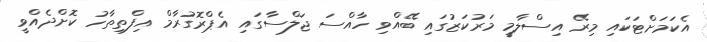
އެކަމަށްޓަކައި މިރޭ އިސްލާމީ މަރުކަޒުގައި ބޭއްވި ހާއްސަ ޖަލްސާގައި އެޕްރޮގުރާމް އިފްތިތާހު ކޮށްދެއްވީ